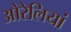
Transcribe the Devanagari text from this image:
ओरेलियां